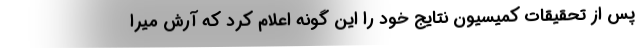
پس از تحقیقات کمیسیون نتایج خود را این گونه اعلام کرد که آرش میرا